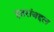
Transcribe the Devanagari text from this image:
इतरांबद्दल